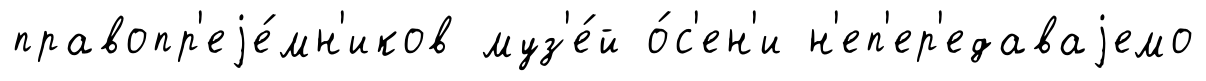
правопр'еjе́мн'иков муз'е́й о́с'ен'и н'еп'ер'едаваjемо